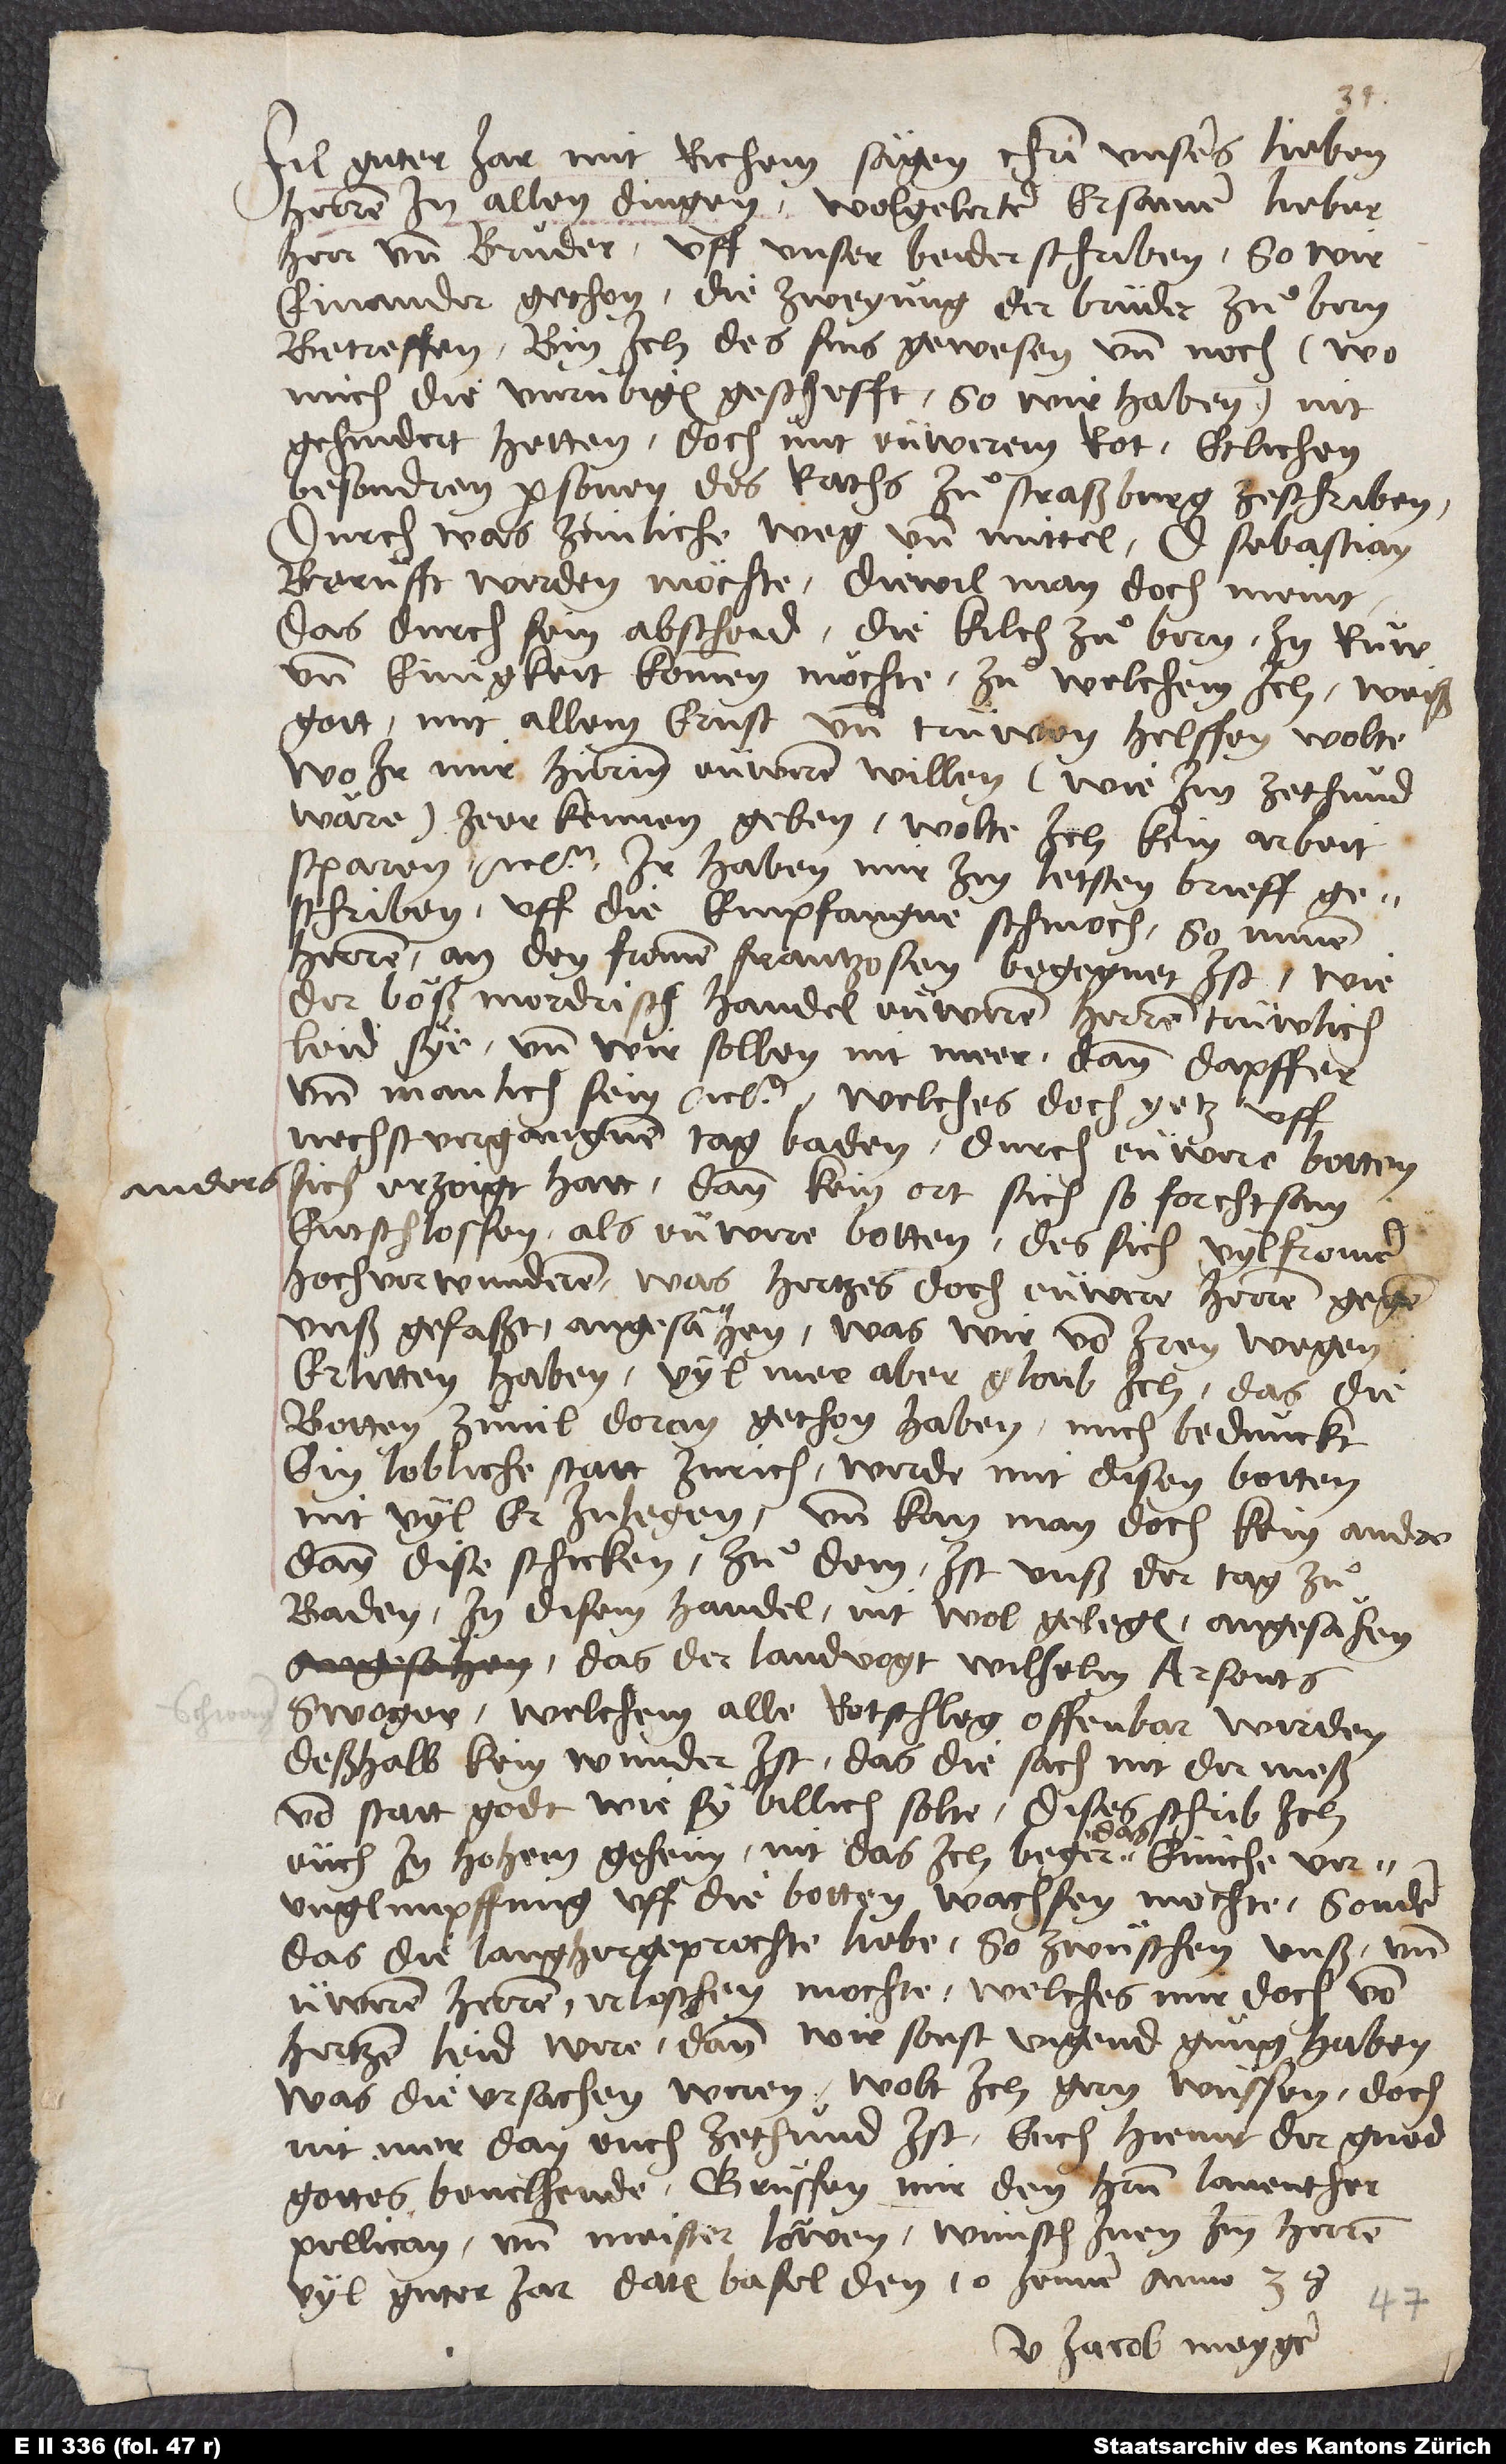
anders

Fil guter jar mit richem sägen Christi, unsers lieben
herren, in allen dingen. Wolgelerter, ersamer, lieber
herr und bruͦder, uff unser beider schriben, so wir
einander gethon, die zweyung der brüder zuͦ Bern
betreffen, bin ich des sins gewesen und noch, wo
mich die unrübigen geschefft, so wir haben, nit
gehindert hetten, doch mit eüwerem rot, etlichen
besondren personen des raths zuͦ Straßburg zeschriben,
durch was zimliche weg und mittel doctor Sebastian
berüfft werden möchte, diewil man doch meint,
das durch sein abscheid die kilch zuͦ Bern in ruͦw
und einigkeit kommen möchte, zuͦ welchem ich, weiß
gott, mit allem ernst und trüwen helffen wolte.
Wo ir mir hierinn eüweren willen, wie im zethuͦnd
wäre, zeerkennen geben, wolte ich kein arbeit
sparen etc. Ir haben mir im letsten brieff
geschriben uff die empfangne schmoch, so minen
herren an den fromen Frantzosen begegnet ist, wie
der böß mordrisch handel eüweren herren trüwlich
leid sye, und wir sollen nit meer dann dapffer
und manlich sein etc., welches doch yetz uff
nechst vergangnem tag Baden durch eüwere botten
sich erzoigt hatt; dann kein ort sich so forchtsam
entschlossen als eüwere botten. Des sich vyl fromer
hoch verwunderen, was hertzes doch eüwere herren gegen
unß gefaßt, angesähen, was wir von iren wegen
erlitten haben. Vyl mer aber gloub ich, das die
botten zuͦvil doran gethon haben. Mich bedunckt,
ein lobliche statt Zurich werde mit disen botten
nit vyl er inlegen, und kan man doch kein andre
dann dise schicken. Zuͦ dem ist unß der tag zuͦ
Baden in disem handel nit wol gelegen, angesähen,
das der landvogt Wilhelm Arsents
swoger, welchem alle rotschleg offenbar werden;
deßhalb kein wunder ist, das die sach nit der meß
von statt godt, wie sy billich solte. Dises schrib ich
eüch in hohem geheim; nit das ich beger, das einiche
verunglimpffung uff die botten wachsen mochte, sonder
das die langhergeprochte liebe, so zwüschen unß und
üweren herren, erloschen mochte, welches mir doch von
hertzen leid were, dann wir sonst vigend gnuͦg haben.
Was die ursachen weren, wolt ich gern wüssen, doch
nit mer dann euch zethuͦnd ist. Euch hiemit der gnod
gottes bevelhende. Gruͤssen mir den herrn Laventher,
Pellican und Meister Löwen; wünsch inen im herren
vyl guter jar. Datum Basel, den 10. jenner anno 38.
U Jacob Meyger.